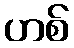
ဟစ်